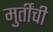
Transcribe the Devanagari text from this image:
मुर्तींची